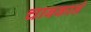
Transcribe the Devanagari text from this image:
चाबकाने